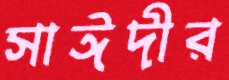
সাঈদীর